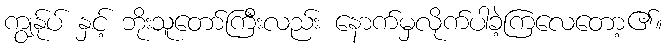
ကျွန်ုပ် နှင့် ဘိုးသူတော်ကြီးလည်း နောက်မှလိုက်ပါခဲ့ကြလေတော့၏။